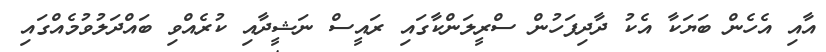
އާއި އެހެން ބަޔަކާ އެކު ދާދިފަހުން ސްރީލަންކާގައި ރައީސް ނަޝީދާއި ކުރެއްވި ބައްދަލުވުމެއްގައި